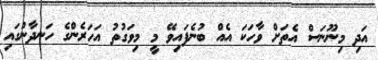
އަދި މިނޫނަސް އެތަށް ވާހަކަ އެއް ބުނެފައިވޭ މީ މިވަގުތު އަހަރެންގެ ހަނދާނުގައި